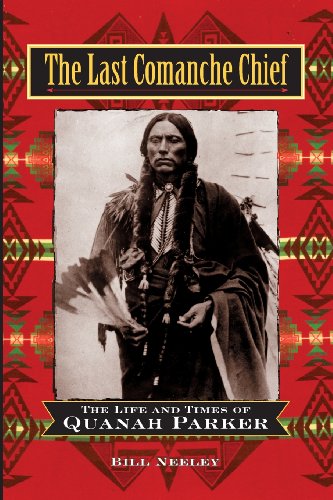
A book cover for The Last Comanche Chief: The Life and Times of Quanah Parker; Bill Neeley; Biographies & Memoirs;